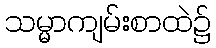
သမ္မာကျမ်းစာထဲ၌